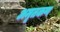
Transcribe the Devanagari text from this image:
अमृतकण